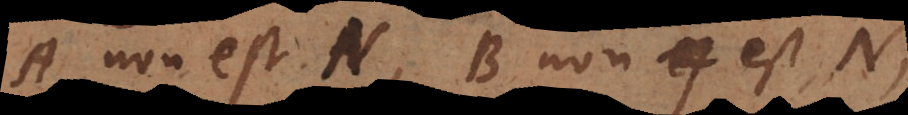
A non est N, B non est N,